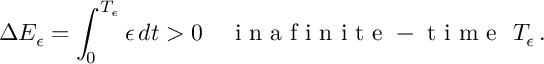
\Delta E _ { \epsilon } = \int _ { 0 } ^ { T _ { \epsilon } } \epsilon \, d t > 0 \quad \mathrm { ~ i ~ n ~ a ~ f ~ i ~ n ~ i ~ t ~ e ~ - ~ t ~ i ~ m ~ e ~ } ~ T _ { \epsilon } \, .